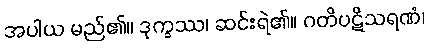
အပါယ မည်၏။ ဒုက္ခဿ၊ ဆင်းရဲ၏။ ဂတိပဋိသရဏံ၊